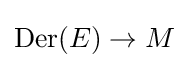
\mathrm {Der} (E)\to M